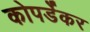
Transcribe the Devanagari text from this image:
कोपर्डेकर